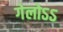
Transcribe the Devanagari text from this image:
गेलोऽऽ